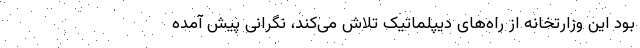
بود این وزارتخانه از راه‌های دیپلماتیک تلاش می‌کند، نگرانی پیش آمده